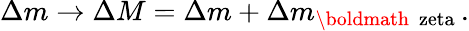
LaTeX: \Delta m\rightarrow\Delta M=\Delta m+\Delta m_{\mathrm{\boldmath~\ zeta~}}.